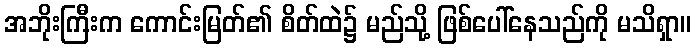
အဘိုးကြီးက ကောင်းမြတ်၏ စိတ်ထဲ၌ မည်သို့ ဖြစ်ပေါ်နေသည်ကို မသိရှာ။